NAE_EAOK_eestikeelsed_sunnimeetrikad, lk 318
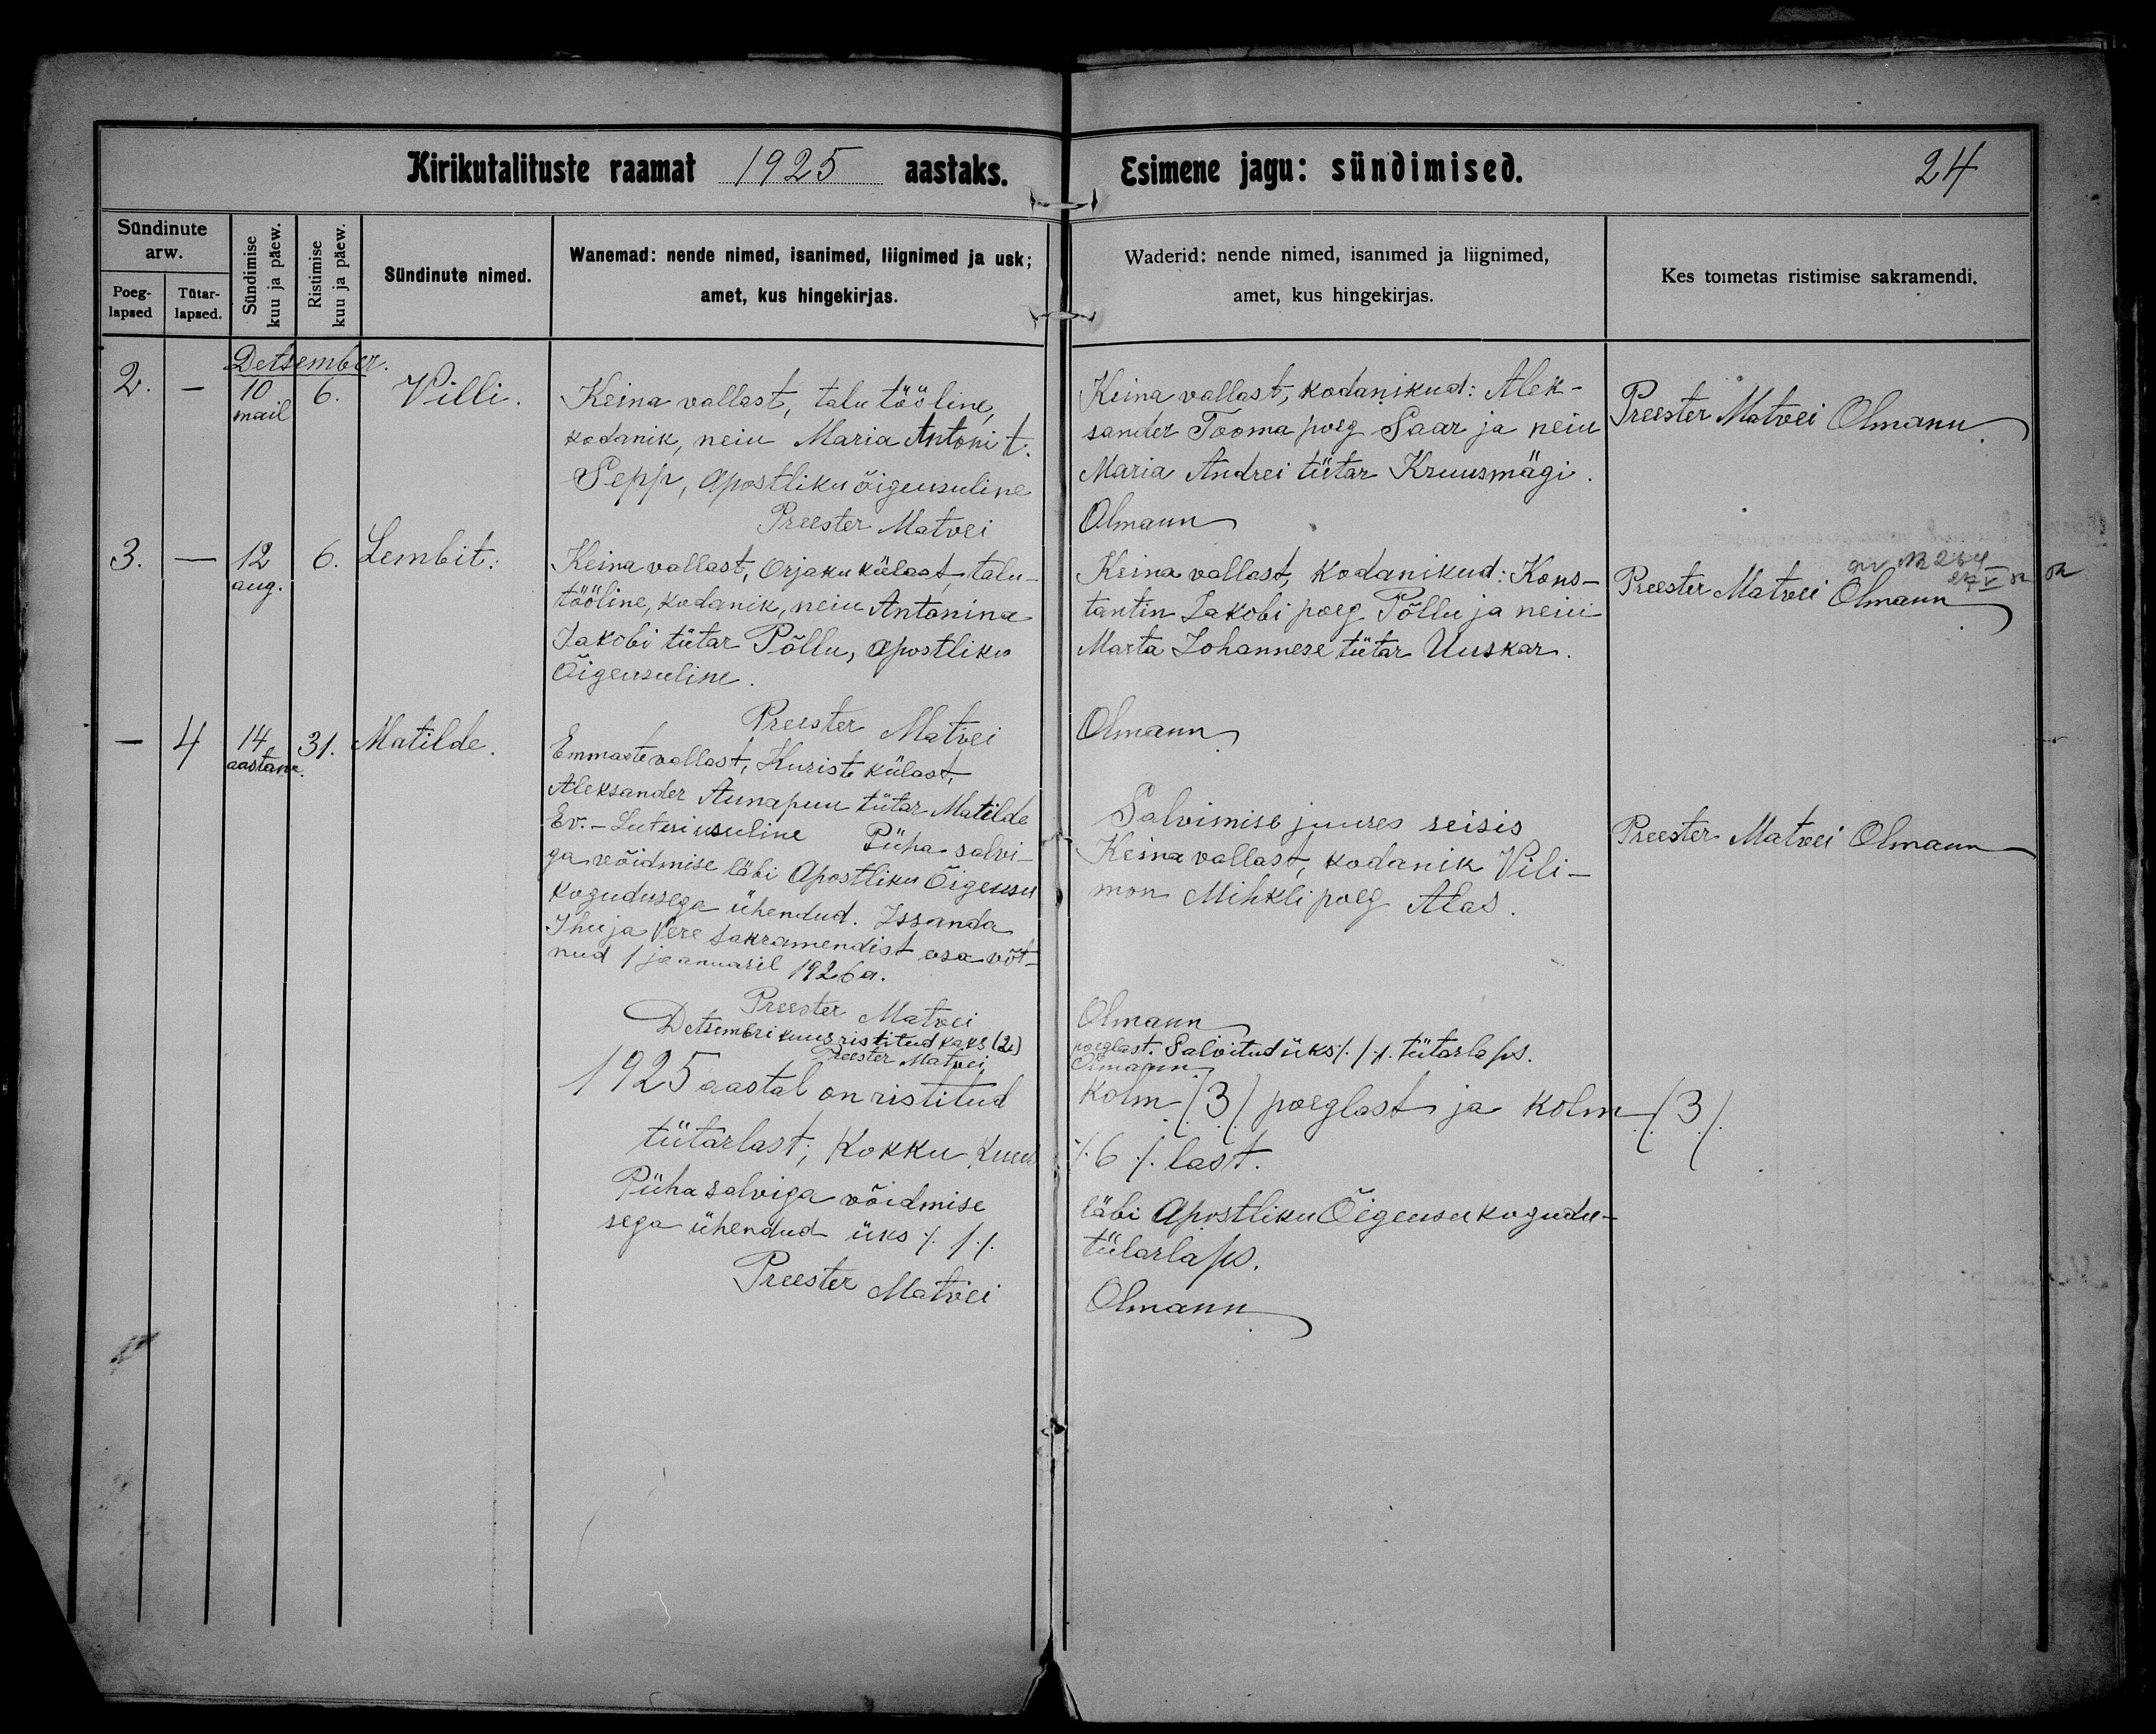
Villi.

Lembit.

Matilde.

Keina wallast, talu tööline,
kodanik, neiu Maria Antoni t.
Sepp, Apostliku õigeusuline

Keina wallast, Orjaku külast, talu-
tööline, kodanik, neiu Antonina
Jakobi tütar Põllu, Apostliku
Õigeusuline.

Emmaste wallast, Kuriste külast,
Aleksander Aunapuu tütar Matilde
Ev.-Luteriusuline Püha salvi-
ja võidmise läbi Apostliku Õigeusu
Kogudusega ühendud. Issanda
Ihu ja Vere sakramendist osa võt-
nud 1 jaanuaril 1926 a.